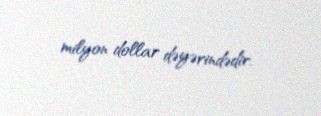
milyon dollar dəyərindədir.